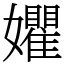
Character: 㜹